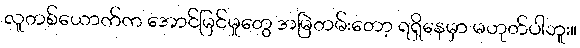
လူတစ်ယောက်က အောင်မြင်မှုတွေ အမြဲတမ်းတော့ ရရှိနေမှာ မဟုတ်ပါဘူး။